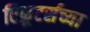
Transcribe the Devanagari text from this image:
रिक्रूटर्सच्या